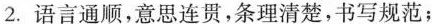
2.语言通顺，意思连贯，条理清楚，书写规范；